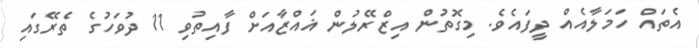
އެތައް ހަމަލާއެއް ދީފައެވެ. މިގޮތުން އިޒްރޭލުން ޣައްޒާއަށް ފާއިތުވި 11 ދުވަހުގެ ތެރޭގައި